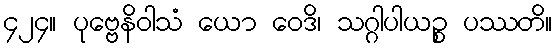
၄၂၄။ ပုဗ္ဗေနိဝါသံ ယော ဝေဒိ၊ သဂ္ဂါပါယဉ္စ ပဿတိ။